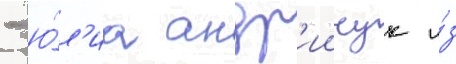
- ю́л'иа андр'иичук и́з